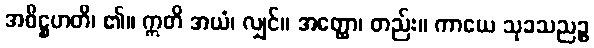
အဓိဋ္ဌဟတိ၊ ၏။ ဣတိ အယံ၊ လျှင်။ အတ္ထော၊ တည်း။ ကာယေ သုခသညဉ္စ